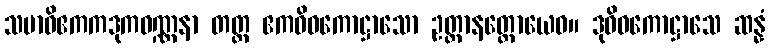
သမာဓိဧကကဒုကဝဏ္ဏနာ တတ္ထ ဧကဝိဓကောဋ္ဌာသော ဥတ္တာနတ္ထောယေဝ။ ဒုဝိဓကောဋ္ဌာသေ ဆန္နံ